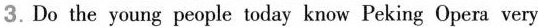
3.Do the young people today know Peking Opera very